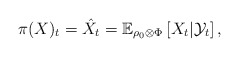
\begin{align*}\pi(X) _t & = \hat{X}_t = \mathbb{E}_{\rho_0 \otimes \Phi} \left[X_t | \mathcal{Y}_t\right],\end{align*}